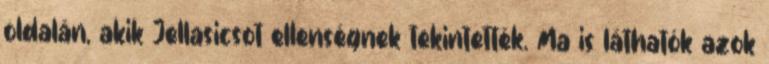
oldalán, akik Jellasicsot ellenségnek tekintették. Ma is láthatók azok